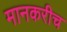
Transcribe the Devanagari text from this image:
मानकरीच